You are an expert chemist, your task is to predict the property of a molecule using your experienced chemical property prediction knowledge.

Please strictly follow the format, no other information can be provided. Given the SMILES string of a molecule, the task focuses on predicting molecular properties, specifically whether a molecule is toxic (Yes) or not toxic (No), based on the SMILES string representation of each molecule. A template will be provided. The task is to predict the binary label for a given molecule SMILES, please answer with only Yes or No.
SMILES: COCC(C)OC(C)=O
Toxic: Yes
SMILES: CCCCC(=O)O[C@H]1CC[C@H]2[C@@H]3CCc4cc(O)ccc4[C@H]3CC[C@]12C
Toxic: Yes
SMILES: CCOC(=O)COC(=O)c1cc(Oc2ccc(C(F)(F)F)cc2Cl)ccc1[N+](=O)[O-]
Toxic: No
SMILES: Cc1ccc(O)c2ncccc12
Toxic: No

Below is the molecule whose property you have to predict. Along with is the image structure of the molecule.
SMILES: CN(C)CCCN1c2ccccc2C(C)(C)c2ccccc21
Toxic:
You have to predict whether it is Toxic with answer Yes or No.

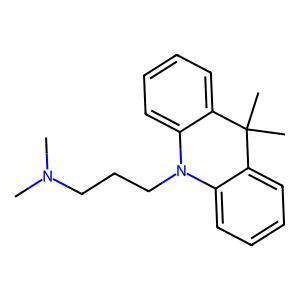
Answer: No